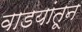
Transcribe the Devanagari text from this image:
वाडयांतून